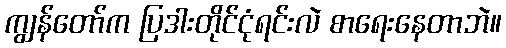
ကျွန်တော်က ပြဒါးတိုင်ငုံရင်းလဲ စာရေးနေတာဘဲ။